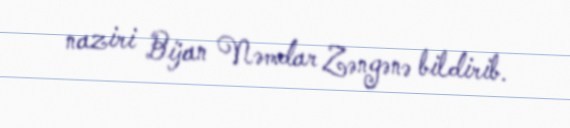
naziri Bijan Nəmdar Zəngənə bildirib.